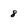
Character: 8